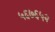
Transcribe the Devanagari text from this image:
५६७६५२